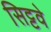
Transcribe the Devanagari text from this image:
सिट्टवे